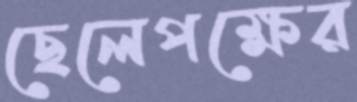
ছেলেপক্ষের